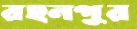
রহনপুর